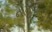
નીમળાઈ